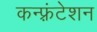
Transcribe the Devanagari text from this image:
कन्फ़्रंटेशन